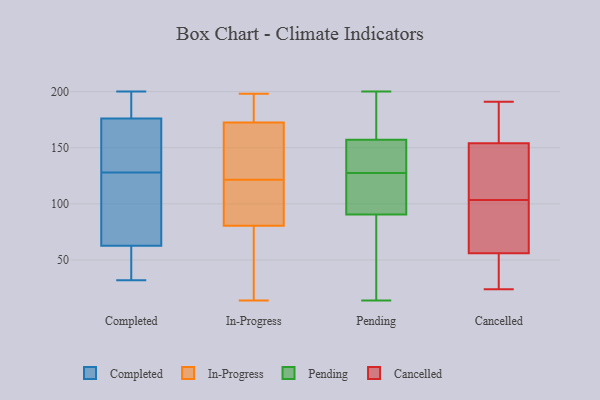
{"axis": {"x": "Conversion Rate (%)", "y": "Value"}, "legend": ["Cancelled", "Completed", "In-Progress", "Pending"], "data": [{"x": "", "y": 52, "type": "Completed"}, {"x": "", "y": 117, "type": "Completed"}, {"x": "", "y": 186, "type": "Completed"}, {"x": "", "y": 164, "type": "Completed"}, {"x": "", "y": 146, "type": "Completed"}, {"x": "", "y": 184, "type": "Completed"}, {"x": "", "y": 179, "type": "Completed"}, {"x": "", "y": 71, "type": "Completed"}, {"x": "", "y": 128, "type": "Completed"}, {"x": "", "y": 44, "type": "Completed"}, {"x": "", "y": 167, "type": "Completed"}, {"x": "", "y": 95, "type": "Completed"}, {"x": "", "y": 134, "type": "Completed"}, {"x": "", "y": 188, "type": "Completed"}, {"x": "", "y": 60, "type": "Completed"}, {"x": "", "y": 39, "type": "Completed"}, {"x": "", "y": 117, "type": "Completed"}, {"x": "", "y": 200, "type": "Completed"}, {"x": "", "y": 32, "type": "Completed"}, {"x": "", "y": 193, "type": "In-Progress"}, {"x": "", "y": 83, "type": "In-Progress"}, {"x": "", "y": 114, "type": "In-Progress"}, {"x": "", "y": 194, "type": "In-Progress"}, {"x": "", "y": 197, "type": "In-Progress"}, {"x": "", "y": 129, "type": "In-Progress"}, {"x": "", "y": 113, "type": "In-Progress"}, {"x": "", "y": 24, "type": "In-Progress"}, {"x": "", "y": 18, "type": "In-Progress"}, {"x": "", "y": 198, "type": "In-Progress"}, {"x": "", "y": 49, "type": "In-Progress"}, {"x": "", "y": 139, "type": "In-Progress"}, {"x": "", "y": 197, "type": "In-Progress"}, {"x": "", "y": 129, "type": "In-Progress"}, {"x": "", "y": 107, "type": "In-Progress"}, {"x": "", "y": 136, "type": "In-Progress"}, {"x": "", "y": 78, "type": "In-Progress"}, {"x": "", "y": 14, "type": "In-Progress"}, {"x": "", "y": 152, "type": "In-Progress"}, {"x": "", "y": 111, "type": "In-Progress"}, {"x": "", "y": 123, "type": "Pending"}, {"x": "", "y": 133, "type": "Pending"}, {"x": "", "y": 83, "type": "Pending"}, {"x": "", "y": 187, "type": "Pending"}, {"x": "", "y": 22, "type": "Pending"}, {"x": "", "y": 98, "type": "Pending"}, {"x": "", "y": 132, "type": "Pending"}, {"x": "", "y": 14, "type": "Pending"}, {"x": "", "y": 123, "type": "Pending"}, {"x": "", "y": 150, "type": "Pending"}, {"x": "", "y": 200, "type": "Pending"}, {"x": "", "y": 164, "type": "Pending"}, {"x": "", "y": 31, "type": "Pending"}, {"x": "", "y": 183, "type": "Pending"}, {"x": "", "y": 140, "type": "Pending"}, {"x": "", "y": 109, "type": "Pending"}, {"x": "", "y": 56, "type": "Cancelled"}, {"x": "", "y": 24, "type": "Cancelled"}, {"x": "", "y": 180, "type": "Cancelled"}, {"x": "", "y": 130, "type": "Cancelled"}, {"x": "", "y": 32, "type": "Cancelled"}, {"x": "", "y": 120, "type": "Cancelled"}, {"x": "", "y": 87, "type": "Cancelled"}, {"x": "", "y": 83, "type": "Cancelled"}, {"x": "", "y": 154, "type": "Cancelled"}, {"x": "", "y": 191, "type": "Cancelled"}]}